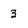
Character: 3